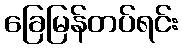
ခြေမြန်တပ်ရင်း